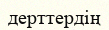
дерттердің